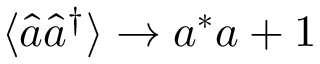
\langle \hat { a } \hat { a } ^ { \dagger } \rangle \rightarrow a ^ { \ast } a + 1